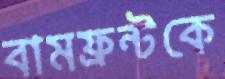
বামফ্রন্টকে